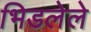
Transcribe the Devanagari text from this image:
भिडलेले